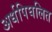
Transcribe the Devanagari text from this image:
अर्धपिघलित